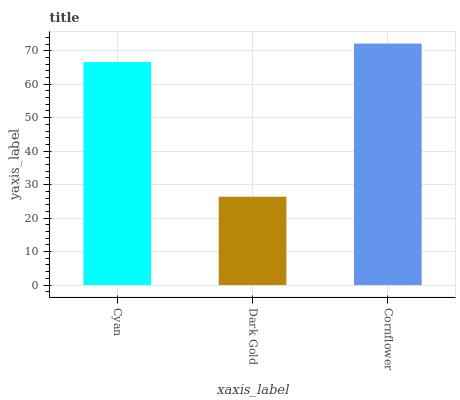
| xaxis_label | bars |
 | --- | --- |
 | Cyan | 66.6 |
 | Dark Gold | 26.4 |
 | Cornflower | 72.1 |